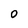
Character: 0